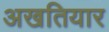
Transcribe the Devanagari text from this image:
अखतियार